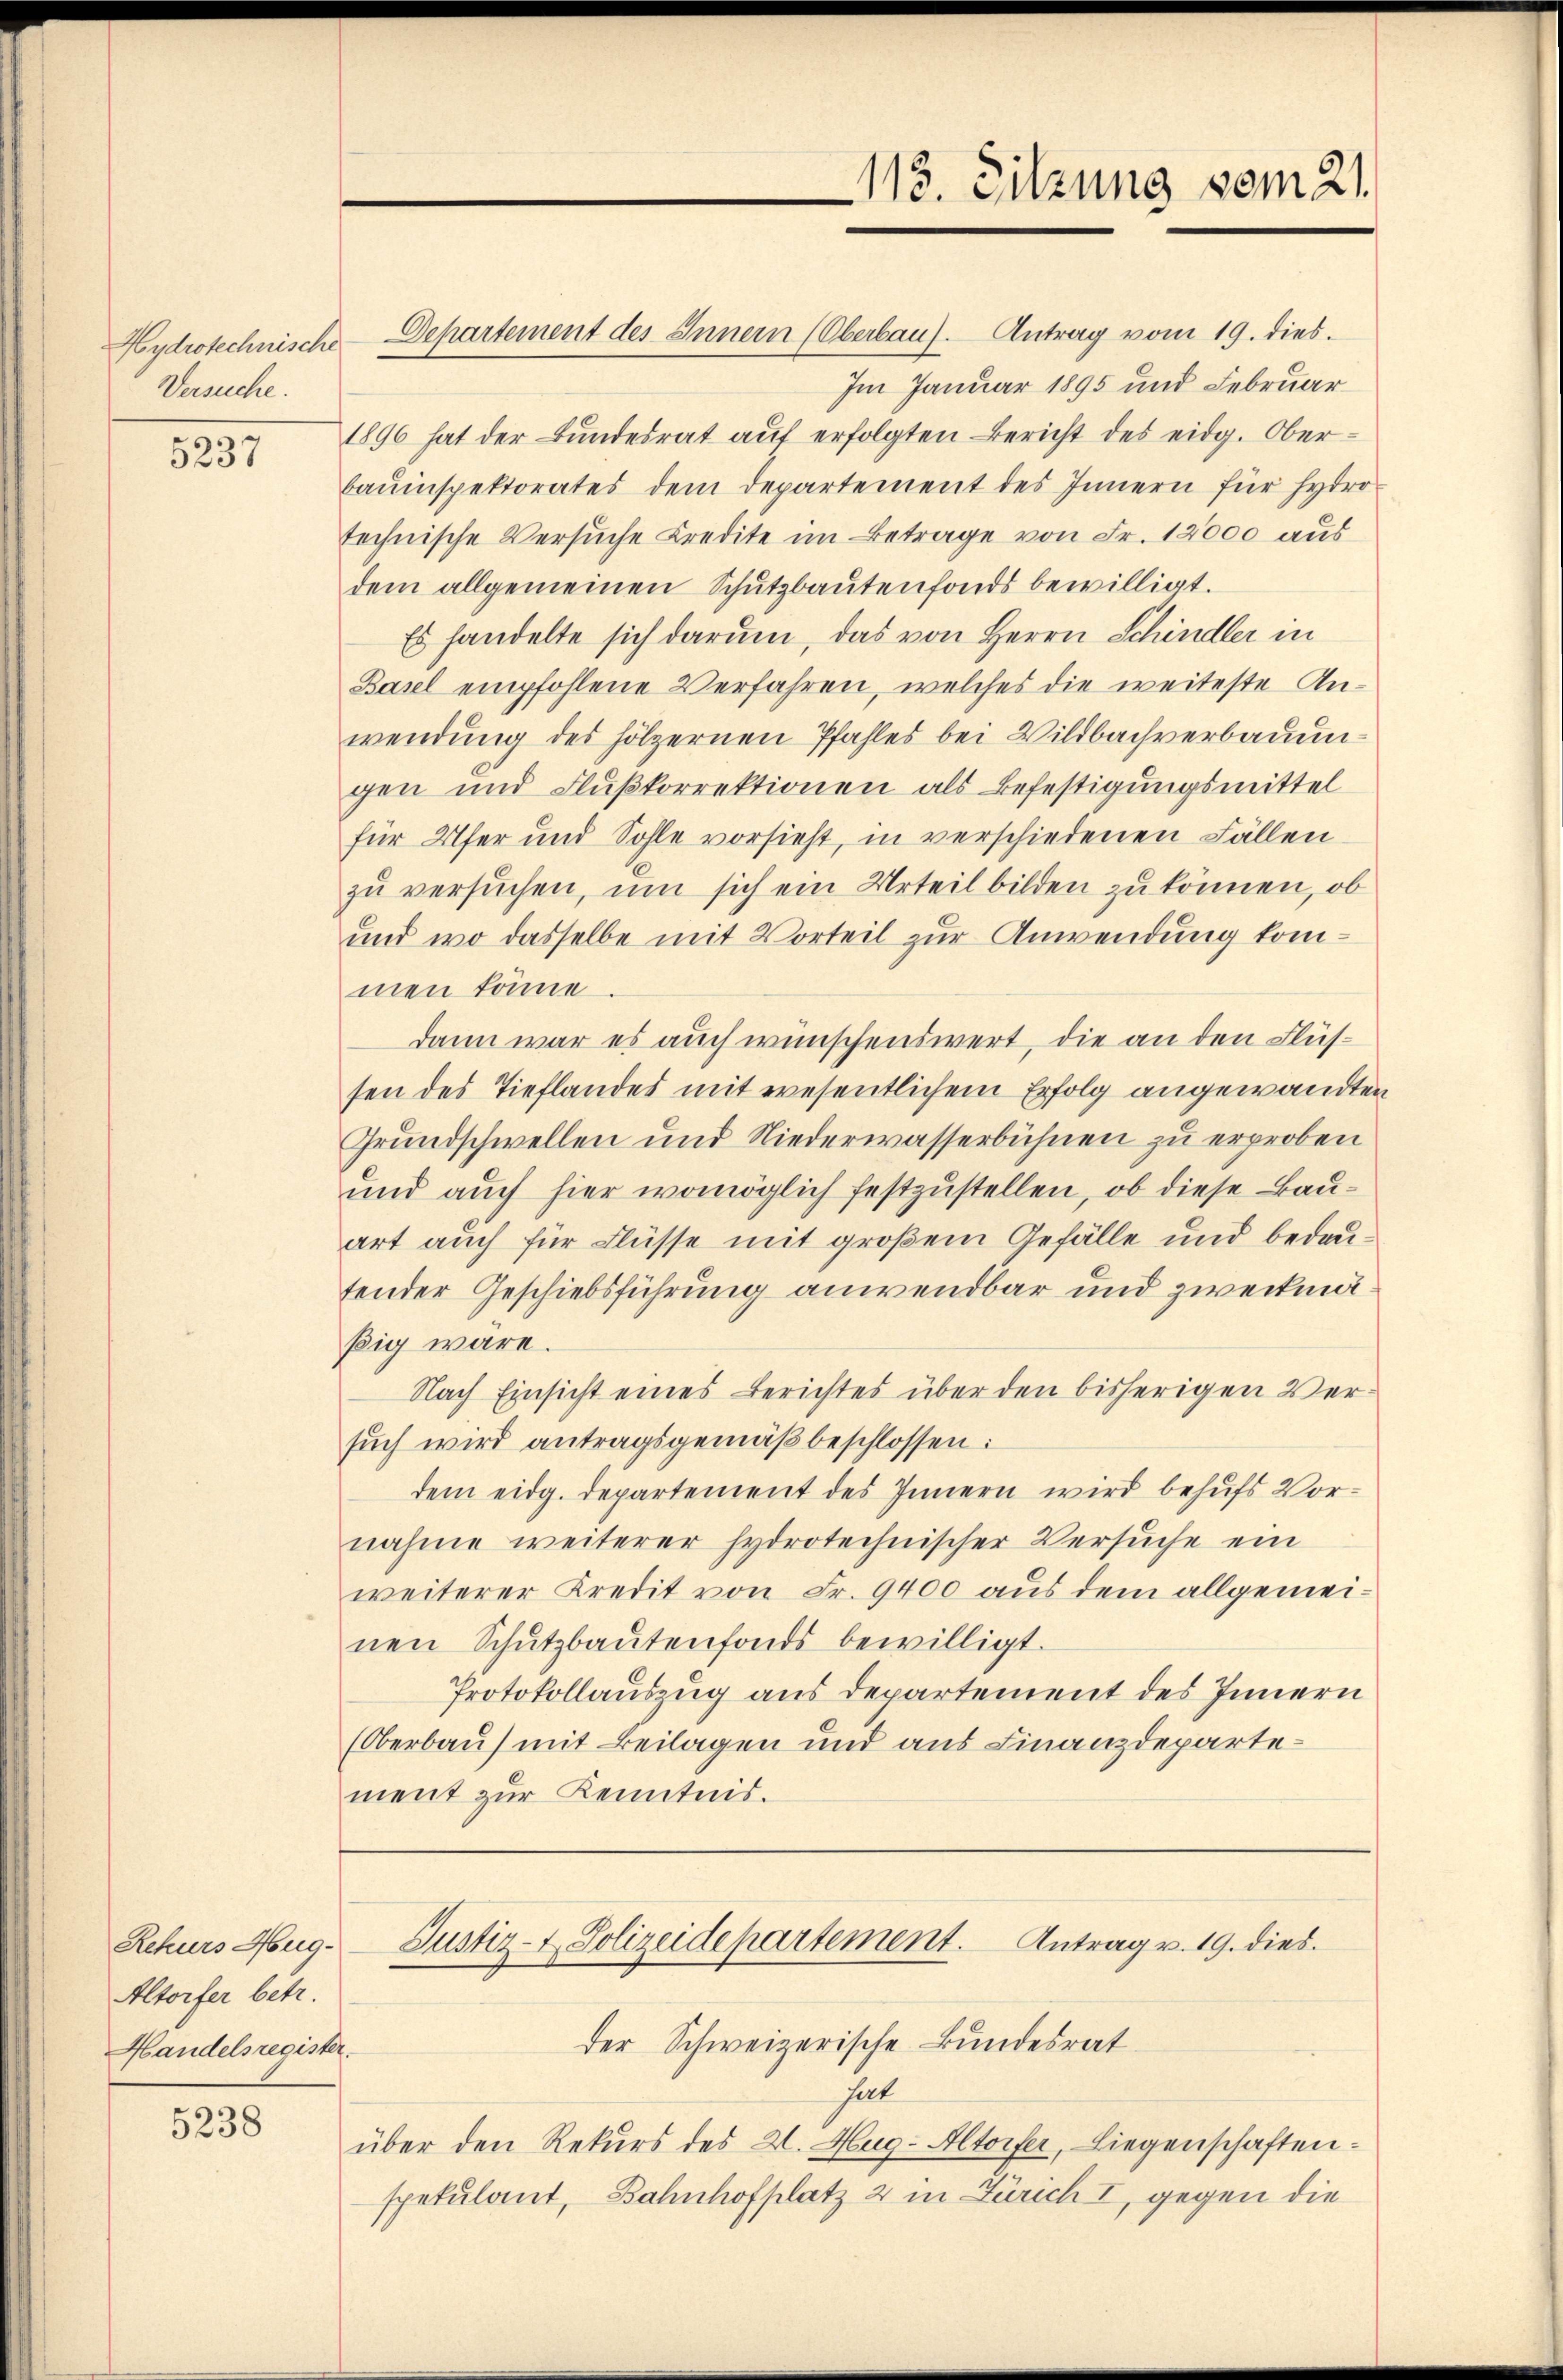
Versuche.

5237

Rekurs Hug¬
Altorfer betr.
Handelsregister.

5238

13. Sitzung vom 21.

Hydrotechnische Departement des Innern (Oberbau). Antrag vom 19. dies
Im Januar 1895 und Februar
1896 hat der Bŭndesrat aŭf erfolgten Bericht des eidg. Ober-
bauinspektorates dem Departement des Innern für hydro-
technische Versuche Credite im Betrage von Fr. 12000 aus
dem allgemeinen Schutzbautenfonds bewilligt.
Es handelte sich darum, das von Herrn Schindler in
Basel empfohlene Verfahren, welches die weiteste Anwendung des hölzernen Pfahles bei Wildbachverbauengen und Flußkorrektionen als Befestigungsmittel
für Ufer und Sohle vorsieht, in verschiedenen Fällen
zu versuchen, um sich ein Urteil bilden zu können, ob
und wo dasselbe mit Vorteil zur Anwendung kommen könne.
dann war es auch wünschenswert, die an den Flüssen des Tieflandes mit wesentlichem Erfolg angewandten
Grundschwellen und Niederwasserbühnen zu erproben
und auch hier womöglich festzustellen, ob diese Bauart auch für Flüsse mit großem Gefälle und bedeutender Geschiebsführung anwendbar und zweckmäßig wäre.
Nach Einsicht eines Berichtes über den bisherigen Versuch wird antragsgemäß beschlossen:
dem eidg. Departement des Innern wird behufs Vornahme weiterer hydrotechnischer Versuche ein
weiterer Kredit von Fr. 9400 aus dem allgemeinen Schŭtzbaŭtenfonds bewilligt.
Protokollauszug aus Departement des Innern
(Oberbau) mit Beilagen und aus Finanzdepartement zur Kenntnis.

Der Schweizerische Bundesrat
hat
über den Rekurs des 2. Hug-Altorfer, Liegenschaftenspekulant, Bahnhofplatz 2 in Zürich I, gegen die

Justiz- & Polizeidepartement. Antrag v. 19. dies